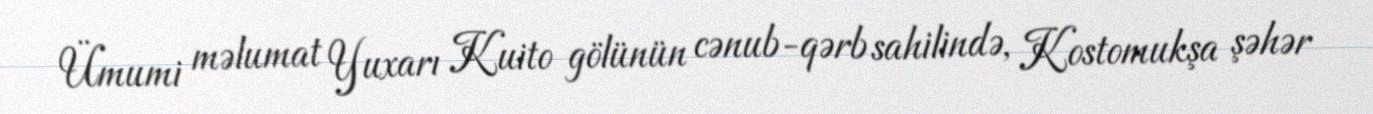
Ümumi məlumat Yuxarı Kuito gölünün cənub-qərb sahilində, Kostomukşa şəhər